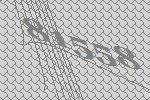
81558